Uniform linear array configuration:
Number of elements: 24
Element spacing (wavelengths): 0.5
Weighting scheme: hamming
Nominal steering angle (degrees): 30
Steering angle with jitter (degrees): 28.117
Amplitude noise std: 0.05
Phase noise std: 0.05

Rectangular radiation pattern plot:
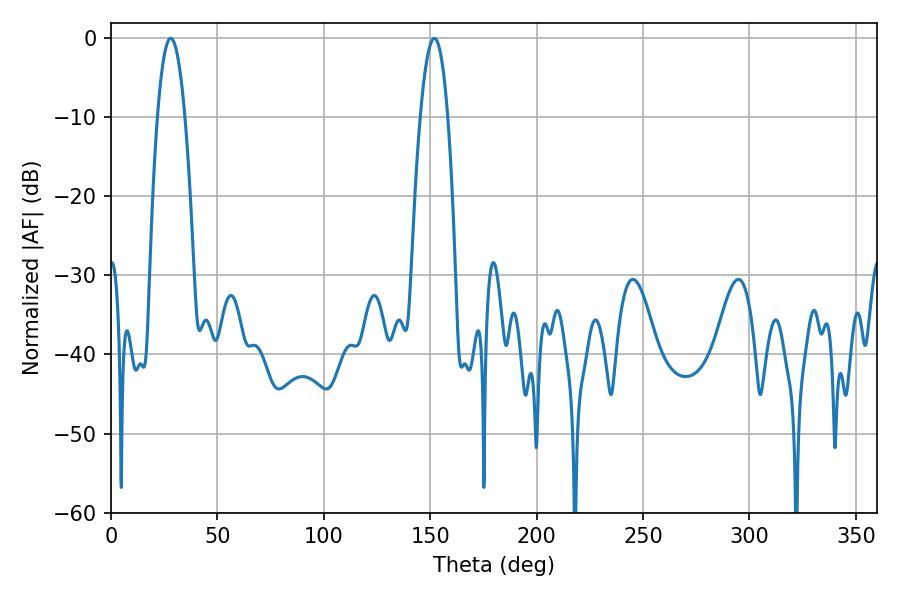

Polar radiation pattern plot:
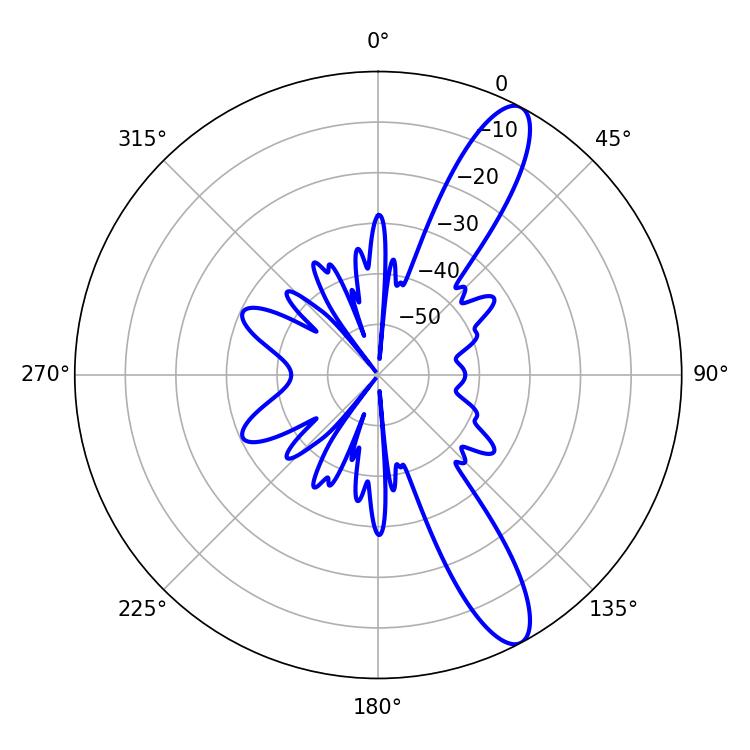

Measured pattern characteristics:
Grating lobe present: FALSE
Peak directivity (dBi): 12.007
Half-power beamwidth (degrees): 7.2
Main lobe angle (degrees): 28.08